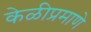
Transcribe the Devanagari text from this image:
केळीप्रमाणे